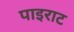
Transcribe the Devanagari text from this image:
पाइराट